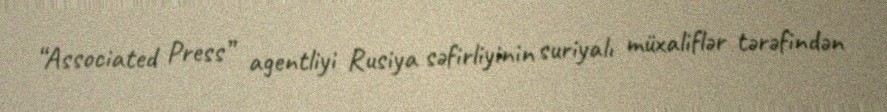
“Associated Press” agentliyi Rusiya səfirliyinin suriyalı müxaliflər tərəfindən